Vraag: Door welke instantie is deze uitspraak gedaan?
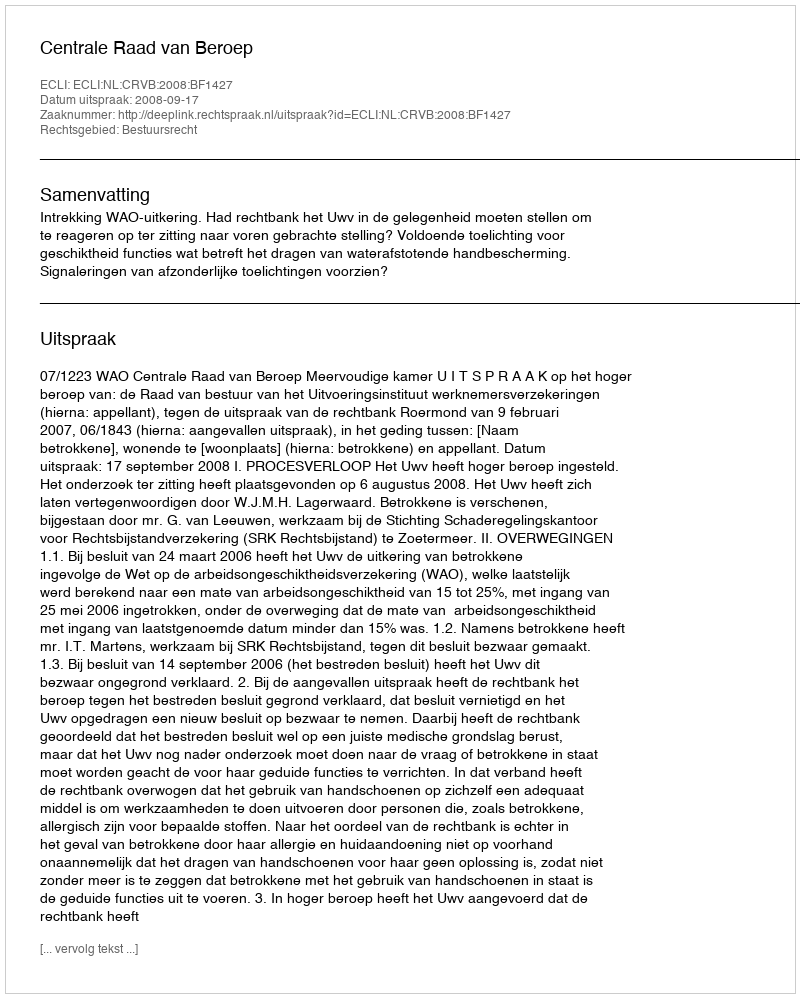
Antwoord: Centrale Raad van Beroep